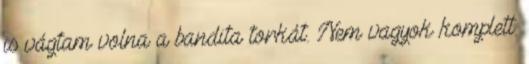
is vágtam volna a bandita torkát. Nem vagyok komplett.